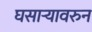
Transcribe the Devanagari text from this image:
घसाऱ्यावरुन